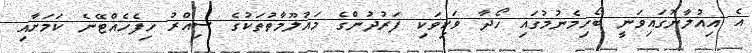
އެ އިއުލާނުގައިވަނީ ބޯހިމެނުމުގައި ހޯދާ ވަކިވަކި ފަރުދުންގެ މައުލޫމާތުތަކުގެ ސިއްރު ހިފެހެއްޓޭނެ ކަމަށާއި